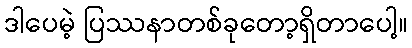
ဒါပေမဲ့ ပြဿနာတစ်ခုတော့ရှိတာပေါ့။